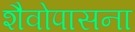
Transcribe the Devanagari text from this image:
शैवोपासना